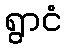
ရွာငံ